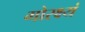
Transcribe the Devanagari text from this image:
गोरक्ष्यं